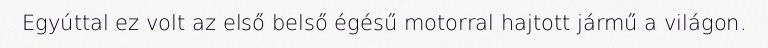
Egyúttal ez volt az első belső égésű motorral hajtott jármű a világon.